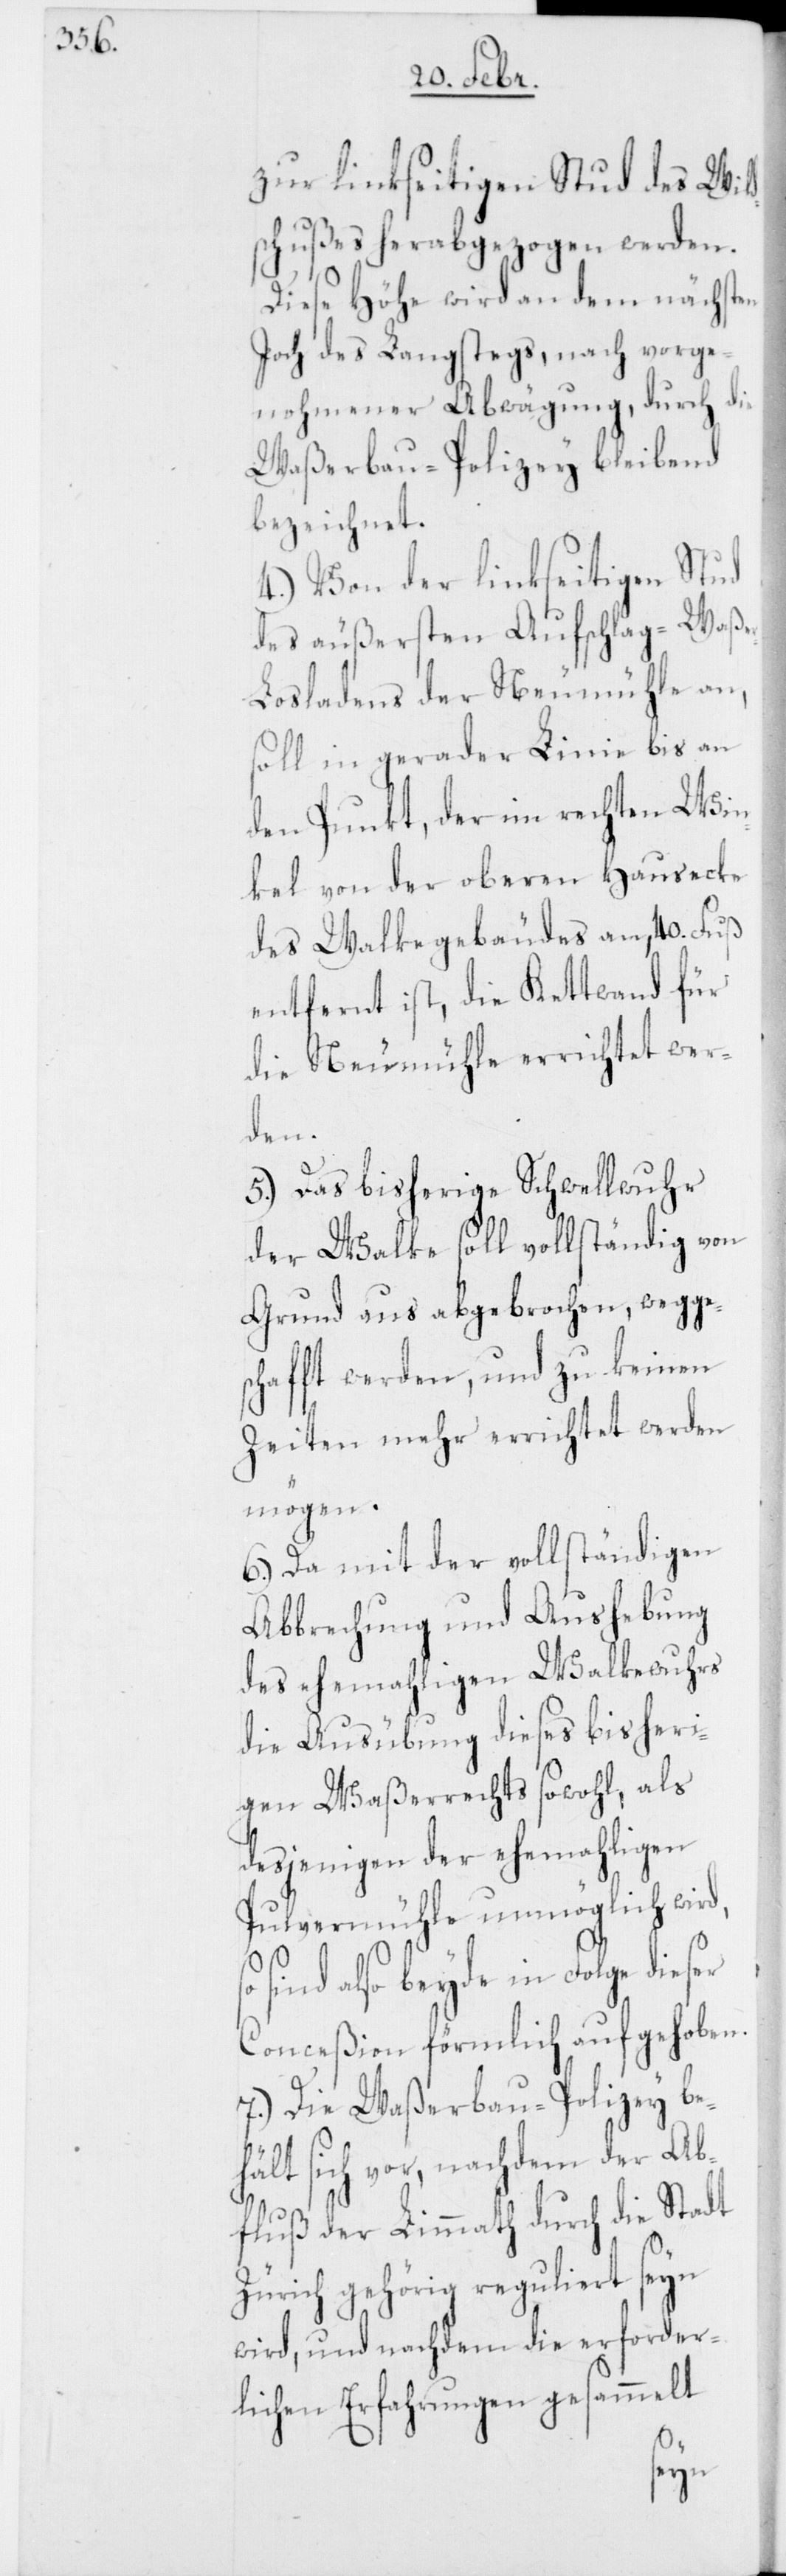
zur linkseitigen Stud des Wild¬
schußes herabgezogen werden.
Diese Höhe wird an dem nächsten
Joch des Langstegs, nach vorge¬
nohmener Abwägung, durch die
Waßerbau-Polizey bleibend
bezeichnet.
4.) Von der linkseitigen Stud
des äußersten Aufschlag-Waße¬
osladens der Neumühle an,
soll in gerader Linie bis an
den Punkt, der im rechten Win¬
kel von der oberen Hausecke
des Walkegebäudes an, 40. Fuß
entfernt ist, die Kettwand für
die Neumühle errichtet wer¬
den.
5.) Das bisherige Schwellwuhr
der Walke soll vollständig von
Grund aus abgebrochen, wegges¬
chafft werden, und zu keinen
Zeiten mehr errichtet werden
mögen.
6.) Da mit der vollständigen
Abbrechung und Aushebung
des ehemahligen Walkewuhrs
die Ausübung dieses bisheri¬
gen Waßerrechts sowohl, als
desjenigen der ehemahligen
Pulvermühle unmöglich wir¬
sind also beyde in Folge dies¬
Conceßion förmlich aufgehoben.
7.) Die Waßerbau-Polizey be¬
hält sich vor, nachdem der Ab¬
fluß der Limmath durch die Stadt
Zürich gehörig reguliert seyn
wird, und nachdem die erforder¬
lichen Erfahrungen gesammelt
er